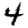
Digit: 4